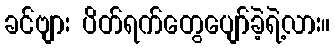
ခင်ဗျား ပိတ်ရက်တွေပျော်ခဲ့ရဲ့လား။